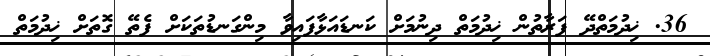
36. ޚިދުމަތްދޭ ފަރާތުން ޚިދުމަތް ދިނުމަށް ކަނޑައަޅާފައިވާ މިންގަނޑުތަކަށް ފެތޭ ގޮތަށް ޚިދުމަތް